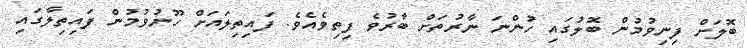
ބޮލަށް ފިނިވުމުން ބޮލުގައި ހުންނަ ނާރުތަށް ބާރުވެ ފިތިވެއެވެ. ފައިތިލައަށް ހޫނުވުމުން ފައިތިލާގައި